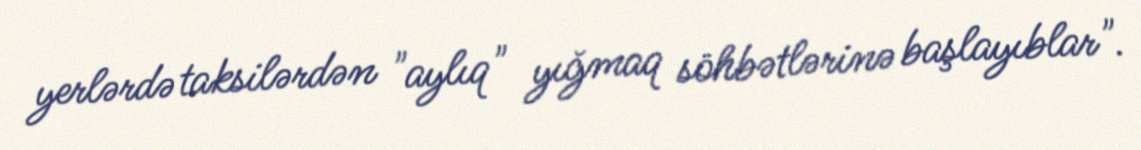
yerlərdə taksilərdən "aylıq" yığmaq söhbətlərinə başlayıblar".